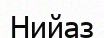
Нийаз